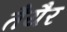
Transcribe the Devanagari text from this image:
तैयैर